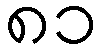
၈၁